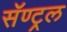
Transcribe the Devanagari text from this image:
सॅण्ट्रल